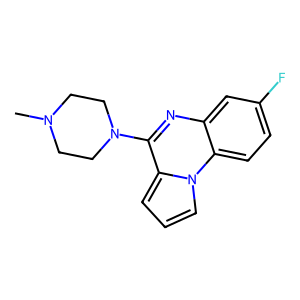
SMILES: CN1CCN(c2nc3cc(F)ccc3n3cccc23)CC1
Inhibits HIV replication: No